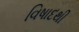
વિષાદથી